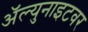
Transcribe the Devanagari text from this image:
ॲल्युनाइटवर